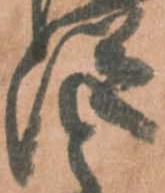
従